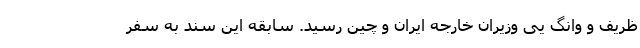
ظریف و وانگ یی وزیران خارجه ایران و چین رسید. سابقه این سند به سفر